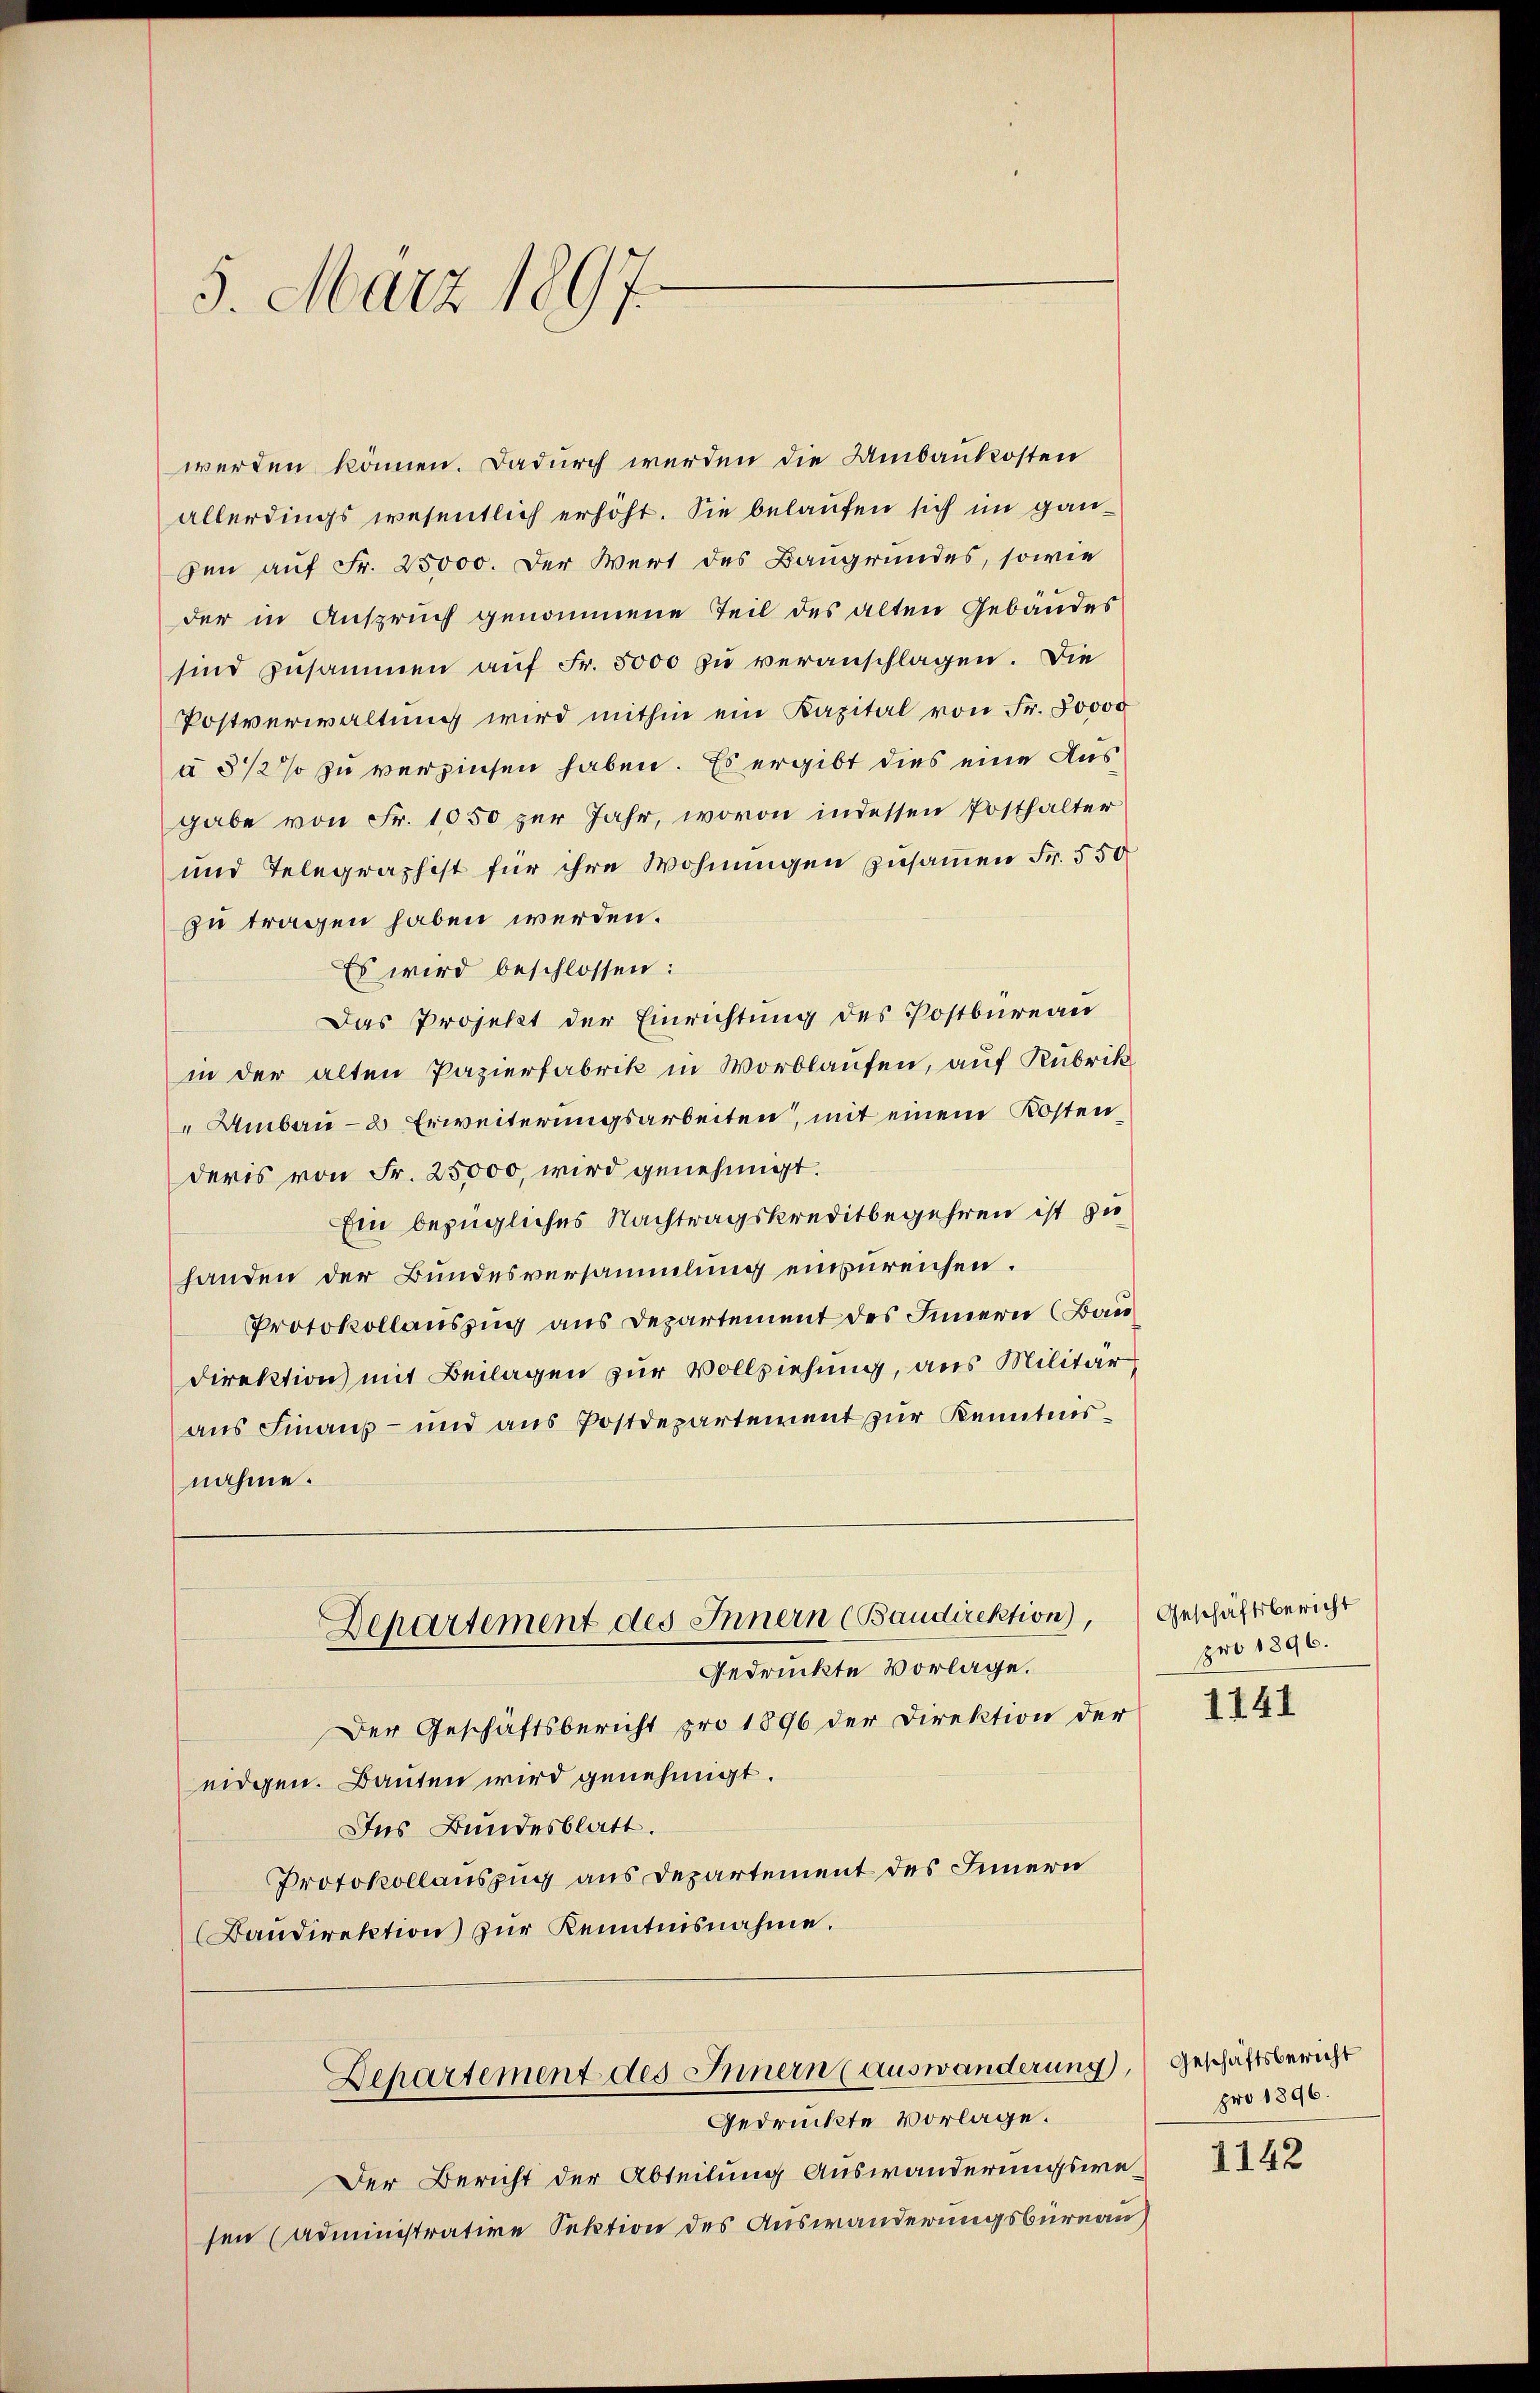
5. März 1897.

werden können. Dadurch werden die Umbaukosten
allerdings wesentlich erhöht. Sie belaufen sich im ganden auf Fr. 25000. Der Wert des Baugrundes, sowie
der in Anspruch genommene Teil des alten Gebäudes
sind zusammen aŭf Fr. 5000 zu veranschlagen. Die
Postverwaltung wird mithin ein Kapital von Fr. 80000
u 3 1/2% zu verzinsen haben. Es ergibt dies eine Ausgabe von Fr. 1050 zur Jahr, wovon indessen Posthalter
und Telegraphist für ihre Wohnungen zusammen Fr. 550
zu tragen haben werden.
Es wird beschlossen:
Das Projekt der Einrichtung des Postbüreau
in der alten Papierfabrik in Worblaufen, auf Rubrik
" Umbau- & Erweiterungsarbeiten, mit einem Kostenderis von Fr. 25000, wird genehmigt.
Ein bezügliches Nachtragskreditbegehren ist zu
handen der Bundesversammlung einzureichen.
Protokollauszug aus Departement des Innern (Bau
Direktion mit Beilagen zur Vollziehung, aus Militär,
aus Finanz- und aus Postdepartement zur Kenntnisnahme.

Departement des Innern (Baudirektion), Geschäftsbericht

Gedrückte Vorlage.
Der Geschäftsbericht pro 1896 der Direktion der
eidgen. Bauten wird genehmigt.
Ins Bundesblatt.
Protokollauszug aus Departement des Innern
(Baudirektion) zur Kenntnisnahme.
Departement des Innern (auswänderung,
Gedrückte Vorlage.
Der Bericht der Abteilung Auswanderungswesen (Administrative Sektion des Auswanderungsbureau,

pro 1896.

1141

Geschäftsbericht
pro 1896.

1142